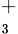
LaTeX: _{_{3}}^{+}